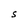
Character: S